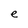
Character: e